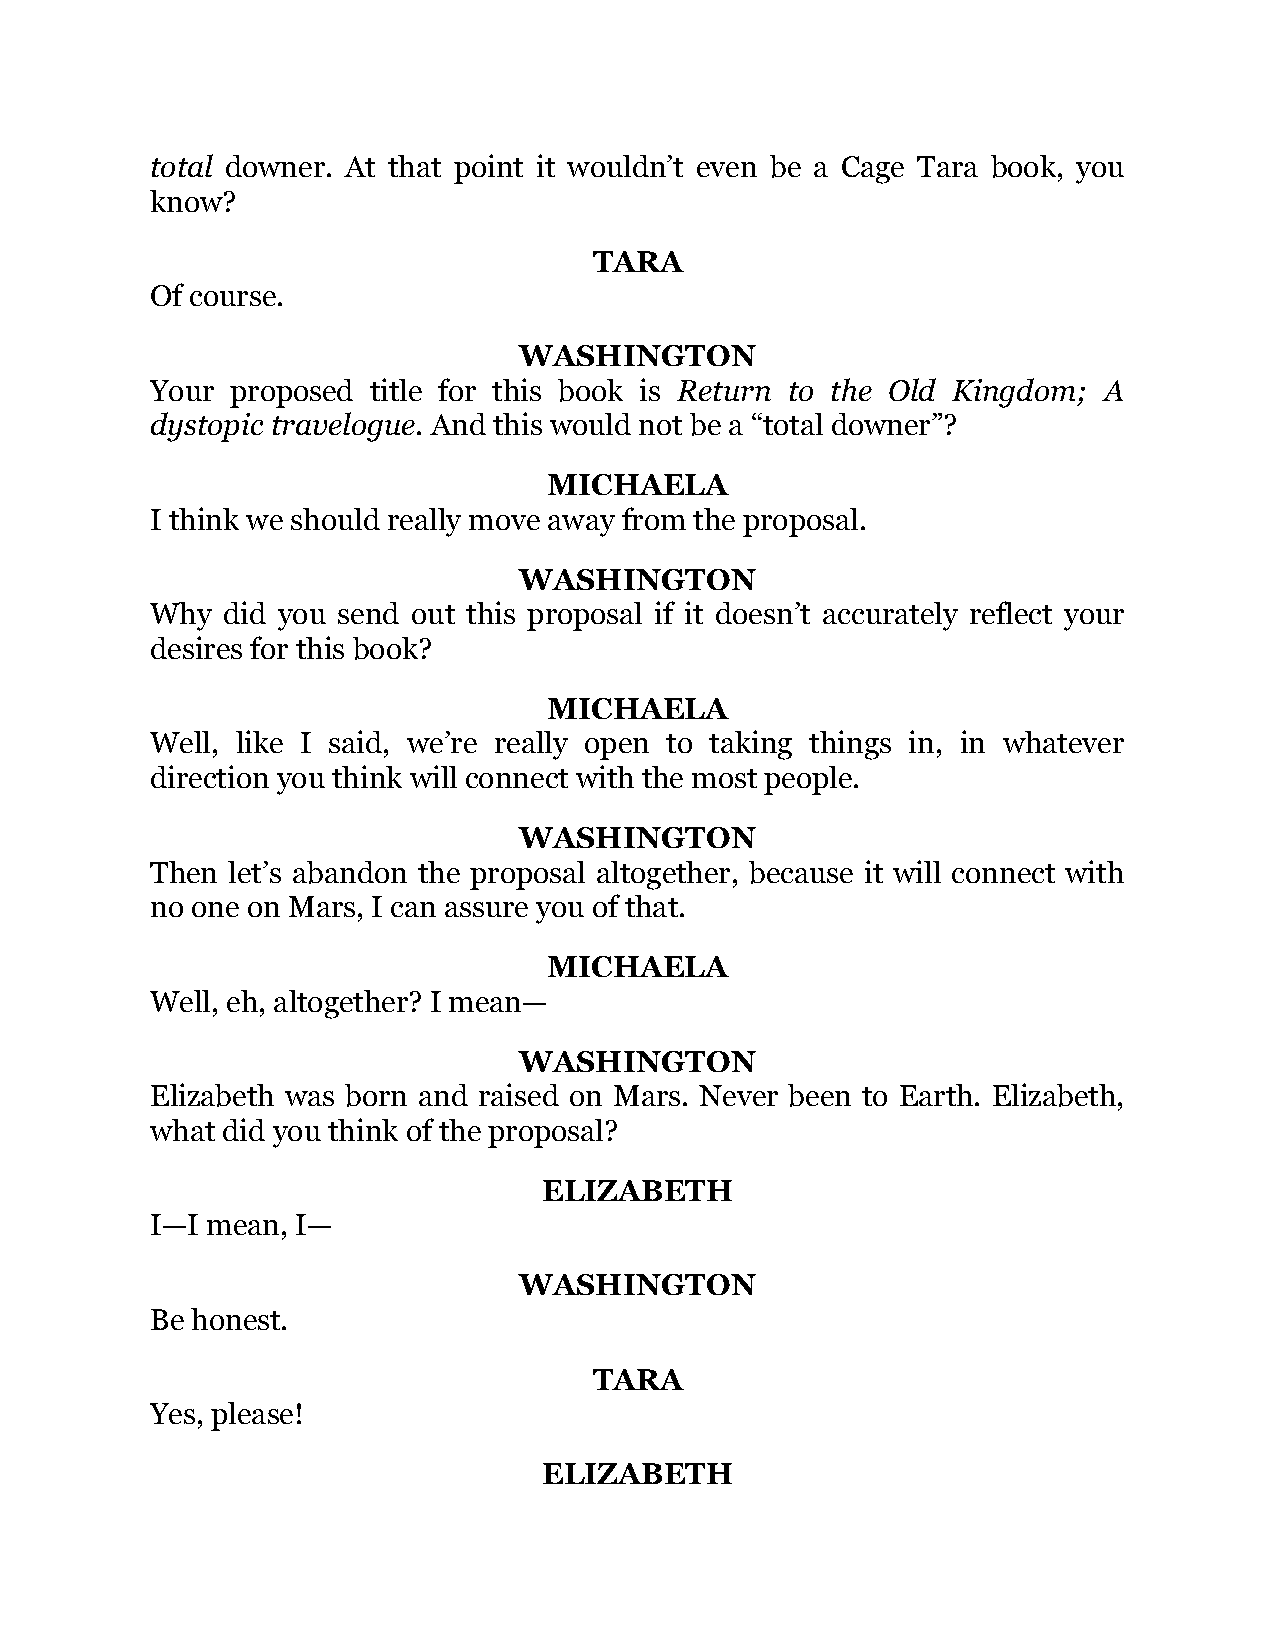
total downer. At that point it wouldn’t even be a Cage Tara book, you
 know?
 TARA
 Of course.
 WASHINGTON
 Your proposed title for this book is Return to the Old Kingdom; A
 dystopic travelogue. And this would not be a “total downer”?
 MICHAELA
 I think we should really move away from the proposal.
 WASHINGTON
 Why  did you send out this proposal if it doesn’t accurately reflect your
 desires for this book?
 MICHAELA
 Well, like I said, we’re really open to taking things in, in whatever
 direction you think will connect with the most people.
 WASHINGTON
 Then let’s abandon the proposal altogether, because it will connect with
 no one on Mars, I can assure you of that.
 MICHAELA
 Well, eh, altogether? I mean—
 WASHINGTON
 Elizabeth was born and raised on Mars. Never been to Earth. Elizabeth,
 what did you think of the proposal?
 ELIZABETH
 I—I mean, I—
 WASHINGTON
 Be honest.
 TARA
 Yes, please!
 ELIZABETH